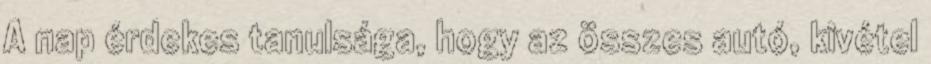
A nap érdekes tanulsága, hogy az összes autó, kivétel